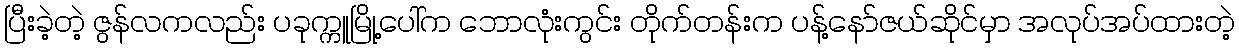
ပြီးခဲ့တဲ့ ဇွန်လကလည်း ပခုက္ကူမြို့ပေါ်က ဘောလုံးကွင်း တိုက်တန်းက ပန့်နော်ဇယ်ဆိုင်မှာ အလုပ်အပ်ထားတဲ့